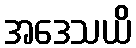
အဒေသယိ